Indian journal of veterinary science and animal husbandry - Volume 11,
Year: 1941
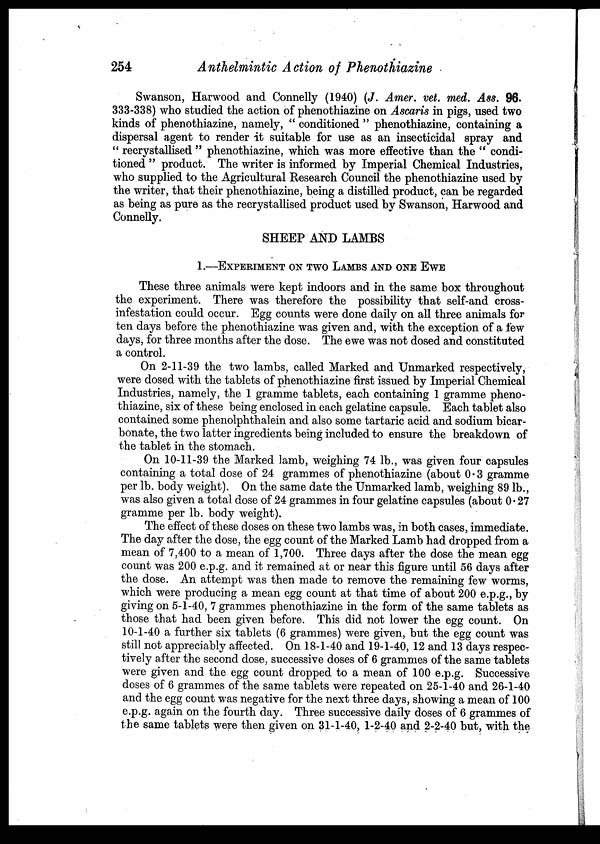
254
Anthelmintic Action of Phenothiazine
Swanson, Harwood and Connelly (1940) (J. Amer. vet. med. Ass. 96.
333-338) who studied the action of phenothiazine on Ascaris in pigs, used two
kinds of phenothiazine, namely, " conditioned " phenothiazine, containing a
dispersal agent to render it suitable for use as an insecticidal spray and
" recrystallised " phenothiazine, which was more effective than the " condi-
tioned " product. The writer is informed by Imperial Chemical Industries,
who supplied to the Agricultural Research Council the phenothiazine used by
the writer, that their phenothiazine, being a distilled product, can be regarded
as being as pure as the recrystallised product used by Swanson, Harwood and
Connelly.
SHEEP AND LAMBS
1.—EXPERIMENT ON TWO LAMBS AND ONE EWE
These three animals were kept indoors and in the same box throughout
the experiment. There was therefore the possibility that self-and cross-
infestation could occur. Egg counts were done daily on all three animals for
ten days before the phenothiazine was given and, with the exception of a few
days, for three months after the dose. The ewe was not dosed and constituted
a control.
On 2-11-39 the two lambs, called Marked and Unmarked respectively,
were dosed with the tablets of phenothiazine first issued by Imperial Chemical
Industries, namely, the 1 gramme tablets, each containing 1 gramme pheno-
thiazine, six of these being enclosed in each gelatine capsule. Each tablet also
contained some phenolphthalein and also some tartaric acid and sodium bicar-
bonate, the two latter ingredients being included to ensure the breakdown of
the tablet in the stomach.
On 10-11-39 the Marked lamb, weighing 74 lb., was given four capsules
containing a total dose of 24 grammes of phenothiazine (about 0 . 3 gramme
per lb. body weight). On the same date the Unmarked lamb, weighing 89 lb.,
was also given a total dose of 24 grammes in four gelatine capsules (about 0. 27
gramme per lb. body weight).
The effect of these doses on these two lambs was, in both cases, immediate.
The day after the dose, the egg count of the Marked Lamb had dropped from a
mean of 7,400 to a mean of 1,700. Three days after the dose the mean egg
count was 200 e.p.g. and it remained at or near this figure until 56 days after
the dose. An attempt was then made to remove the remaining few worms,
which were producing a mean egg count at that time of about 200 e.p.g., by
giving on 5-1-40, 7 grammes phenothiazine in the form of the same tablets as
those that had been given before. This did not lower the egg count. On
10-1-40 a further six tablets (6 grammes) were given, but the egg count was
still not appreciably affected. On 18-1-40 and 19-1-40, 12 and 13 days respec-
tively after the second dose, successive doses of 6 grammes of the same tablets
were given and the egg count dropped to a mean of 100 e.p.g. Successive
doses of 6 grammes of the same tablets were repeated on 25-1-40 and 26-1-40
and the egg count was negative for the next three days, showing a mean of 100
e.p.g. again on the fourth day. Three successive daily doses of 6 grammes of
the same tablets were then given on 31-1-40, 1-2-40 and 2-2-40 but, with the